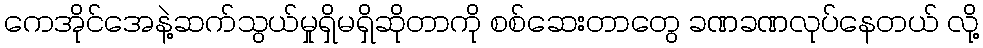
ကေအိုင်အေနဲ့ဆက်သွယ်မှုရှိမရှိဆိုတာကို စစ်ဆေးတာတွေ ခဏခဏလုပ်နေတယ် လို့